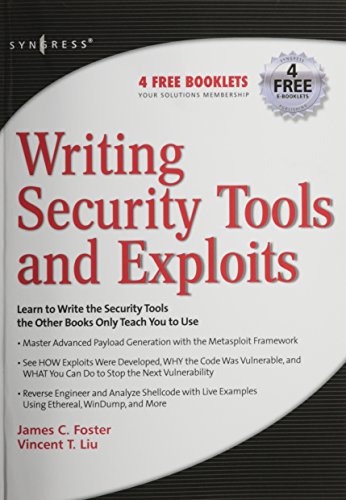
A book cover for Writing Security Tools and Exploits; James C. Foster; Computers & Technology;